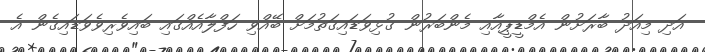
އަދި މިއަދު ބާރަށުން އެމްޑީޕީއާއި މެންބަރުން ގުޅިވަޑައިގަތުމަށް ބޭއްވި ހަފްލާއެއްގައި ބައިވެރިވެވަޑައިގެން އެ